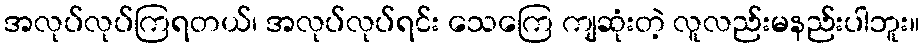
အလုပ်လုပ်ကြရတယ်၊ အလုပ်လုပ်ရင်း သေကြေ ကျဆုံးတဲ့ လူလည်းမနည်းပါဘူး။